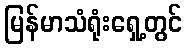
မြန်မာသံရုံးရှေ့တွင်